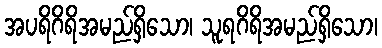
အပရိဂိရိအမည်ရှိသော၊ သူရဂိရိအမည်ရှိသော၊